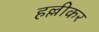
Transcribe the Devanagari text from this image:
हल्लीकर